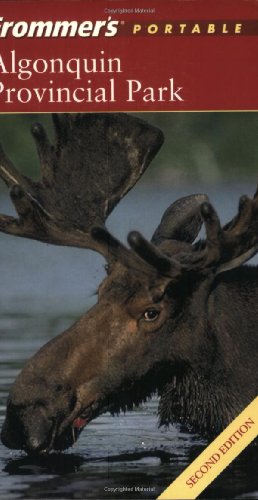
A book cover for Frommer's Algonquin Provincial Park (Park Guides); Michelle N. Jones; Travel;